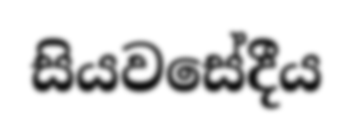
සියවසේදීය